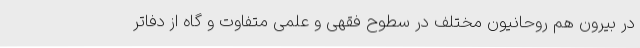
در بیرون هم روحانیون مختلف در سطوح فقهی و علمی متفاوت و گاه از دفاتر